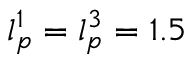
l _ { p } ^ { 1 } = l _ { p } ^ { 3 } = 1 . 5